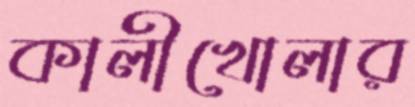
কালীখোলার